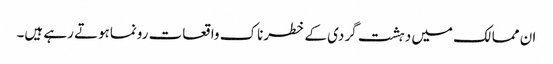
ان ممالک میں دہشت گردی کے خطرناک واقعات رونماہوتے رہے ہیں۔